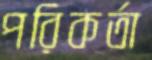
পরিকর্তা